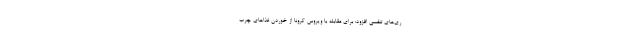
ری‌های تنفسی افزود: برای مقابله با ویروس کرونا از خوردن غذاهای چرب